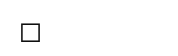
٥